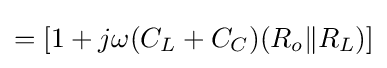
=[1+j\omega (C_{L}+C_{C})(R_{o}\|R_{L})]\,\!